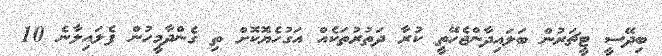
ބިދޭސީ ޓީޗަރުން ބަލައިދާންޖެހޭތީ ކުރާ ދަތުރުތަކެއް އަގުހެޔޮކޮށް ތި ގެންދާމީހުން ފެލައިލާނެ 10